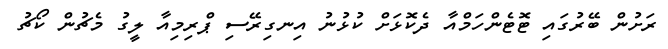
ރަށުން ބޭރުގައި ޓޮޓެންހަމްއާ ދެކޮޅަށް ކުޅުނު އިނގިރޭސި ޕްރިމިއާ ލީގު މެޗުން ކޯޗު